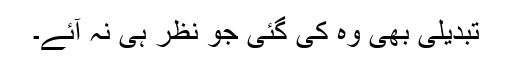
تبدیلی بھی وہ کی گئی جو نظر ہی نہ آئے۔